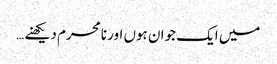
میں ایک جوان ہوں اور نامحرم دیکھنے …